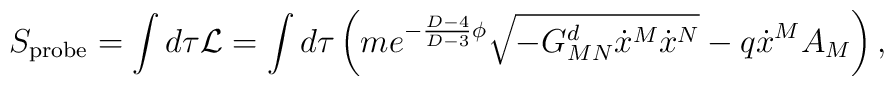
S_{\rm probe}=\int d\tau {\cal L}=\int d\tau\left(me^{-{{D-4}\over{D-3}}\phi}\sqrt{-G^d_{MN}\dot{x}^M\dot{x}^N}-q\dot{x}^MA_M\right),